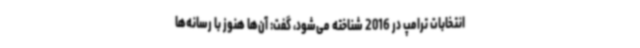
انتخابات ترامپ در 2016 شناخته می‌شود، گفت: آن‌ها هنوز با رسانه‌ها